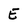
Character: E